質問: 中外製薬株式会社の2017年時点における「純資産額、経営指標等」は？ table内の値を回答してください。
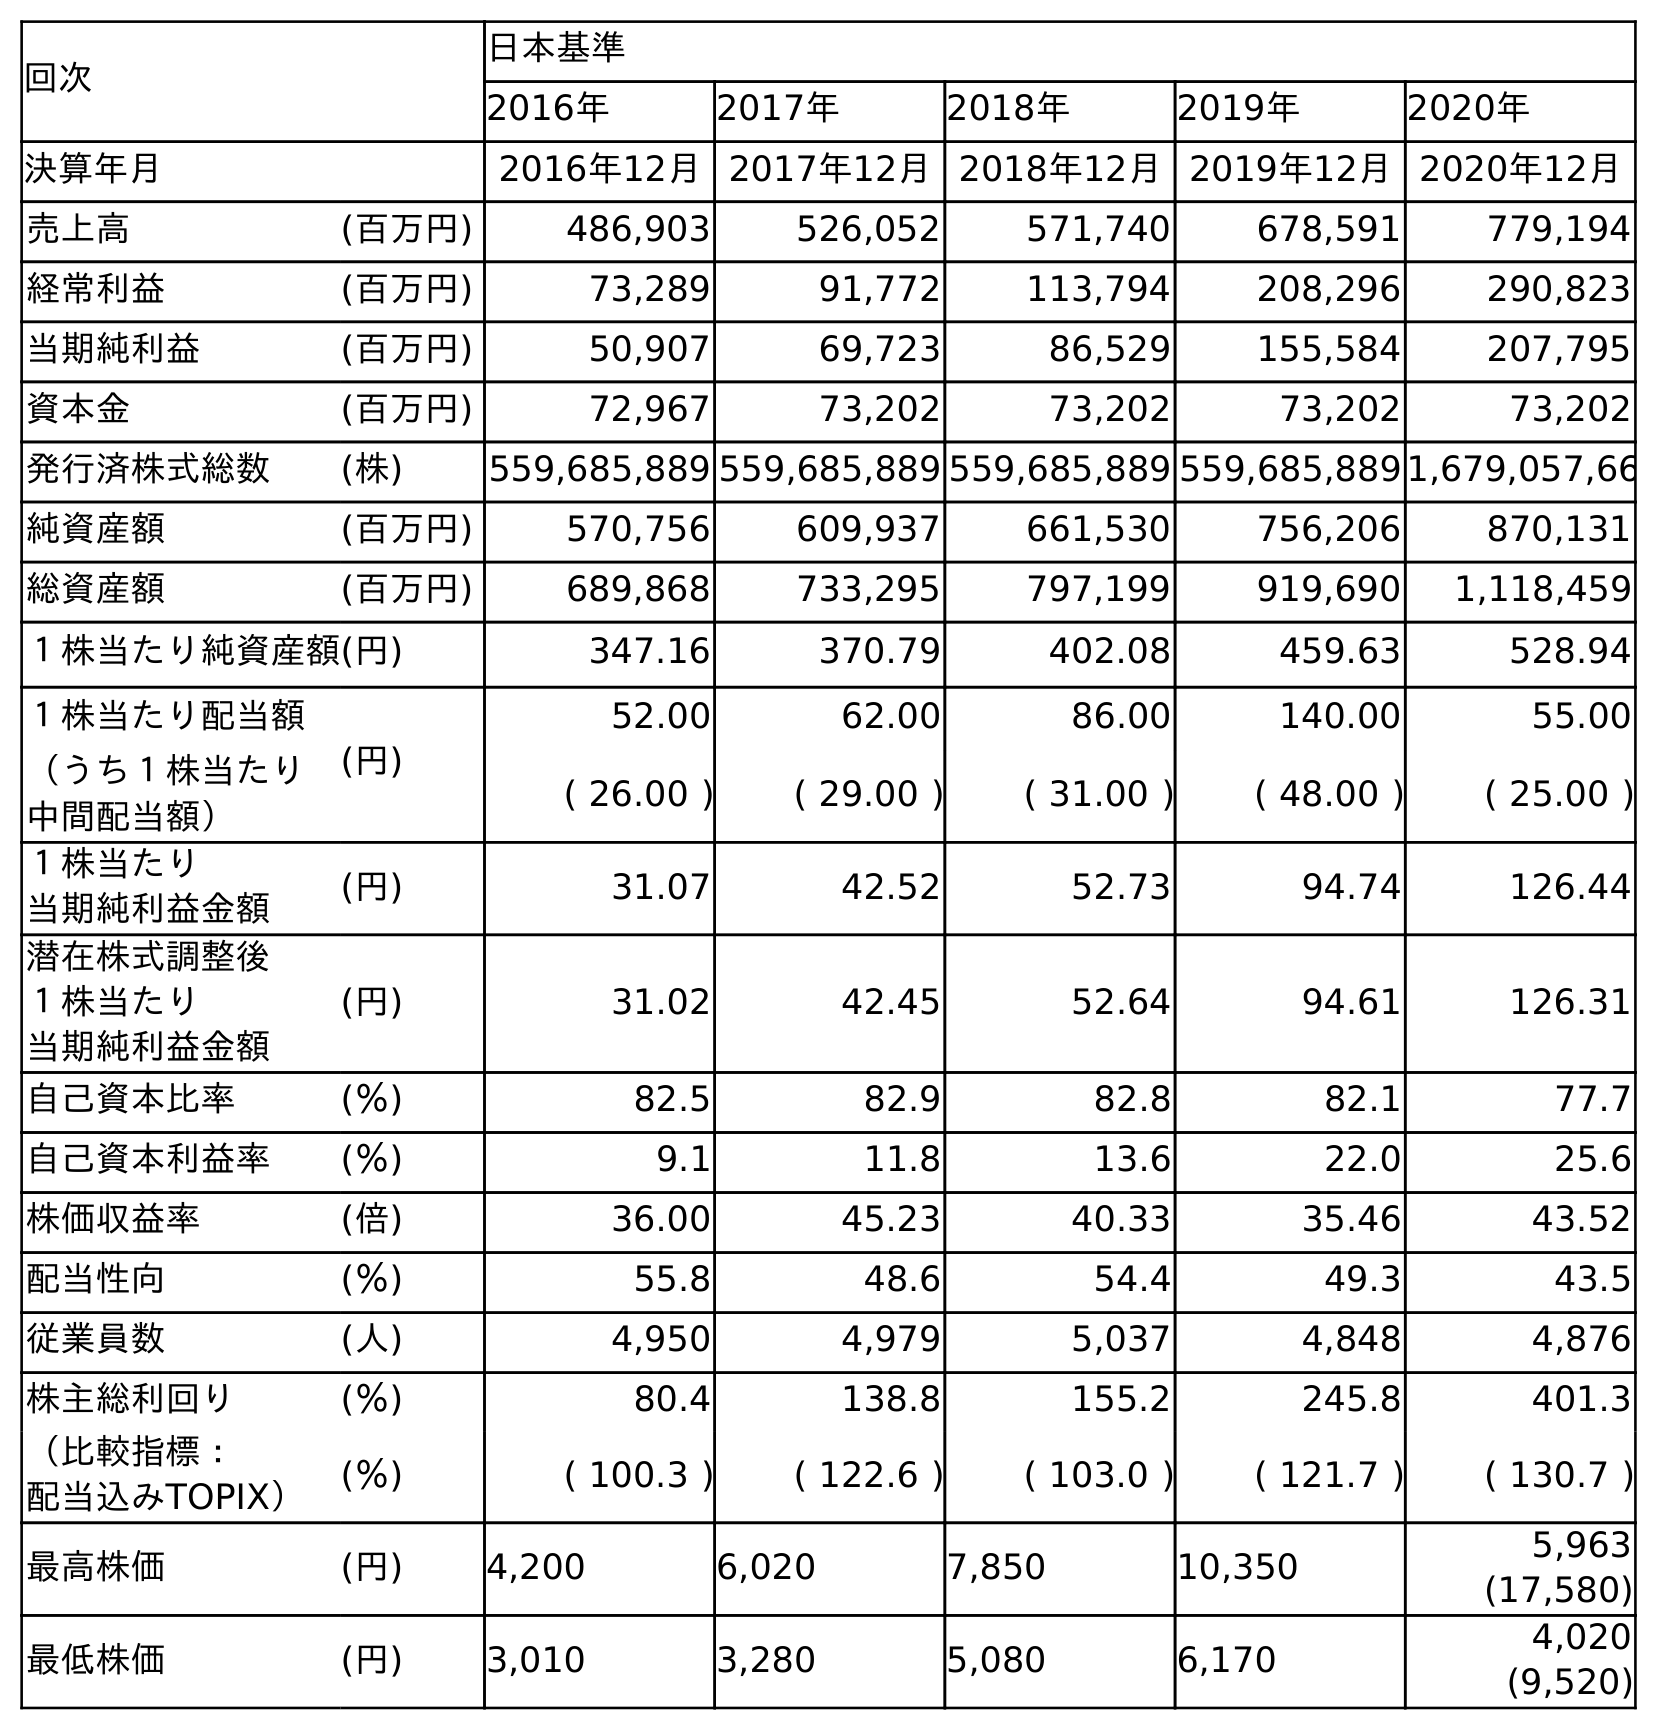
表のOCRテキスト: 回次 日本基準 2016年 2017年 2018年 2019年 2020年 決算年月 2016年12月2017年12月2018年12月2019年12月2020年12月 売上高 (百万円) 486,903 526,052 571,740 678,591 779,194 経常利益 (百万円) 73,289 91,772 113,794 208,296 290,823 当期純利益 (百万円) 50,907 69,723 86,529 155,584 207,795 資本金 (百万円) 72,967 73,202 73,202 73,202 73,202 発行済株式総数 (株) 559,685,889 559,685,889 559,685,889 559,685,8891,679,057,66 純資産額 (百万円) 570,756 609,937 661,530 756,206 870,131 総資産額 (百万円) 689,868 733,295 797,199 919,690 1,118,459 １株当たり純資産額(円) 347.16 370.79 402.08 459.63 528.94 １株当たり配当額 (円) 52.00 62.00 86.00 140.00 55.00 （うち１株当たり 中間配当額） ( 26.00 ) ( 29.00 ) ( 31.00 ) ( 48.00 ) ( 25.00 ) １株当たり 当期純利益金額 (円) 31.07 42.52 52.73 94.74 126.44 潜在株式調整後 １株当たり 当期純利益金額 (円) 31.02 42.45 52.64 94.61 126.31 自己資本比率 (％) 82.5 82.9 82.8 82.1 77.7 自己資本利益率 (％) 9.1 11.8 13.6 22.0 25.6 株価収益率 (倍) 36.00 45.23 40.33 35.46 43.52 配当性向 (％) 55.8 48.6 54.4 49.3 43.5 従業員数 (人) 4,950 4,979 5,037 4,848 4,876 株主総利回り (％) 80.4 138.8 155.2 245.8 401.3 （比較指標： 配当込みTOPIX） (％) ( 100.3 ) ( 122.6 ) ( 103.0 ) ( 121.7 ) ( 130.7 ) 最高株価 (円) 4,200 6,020 7,850 10,350 5,963 (17,580) 最低株価 (円) 3,010 3,280 5,080 6,170 4,020 (9,520)
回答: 609,937